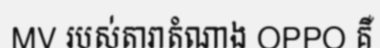
MV របស់តារាតំណាង OPPO គឺ